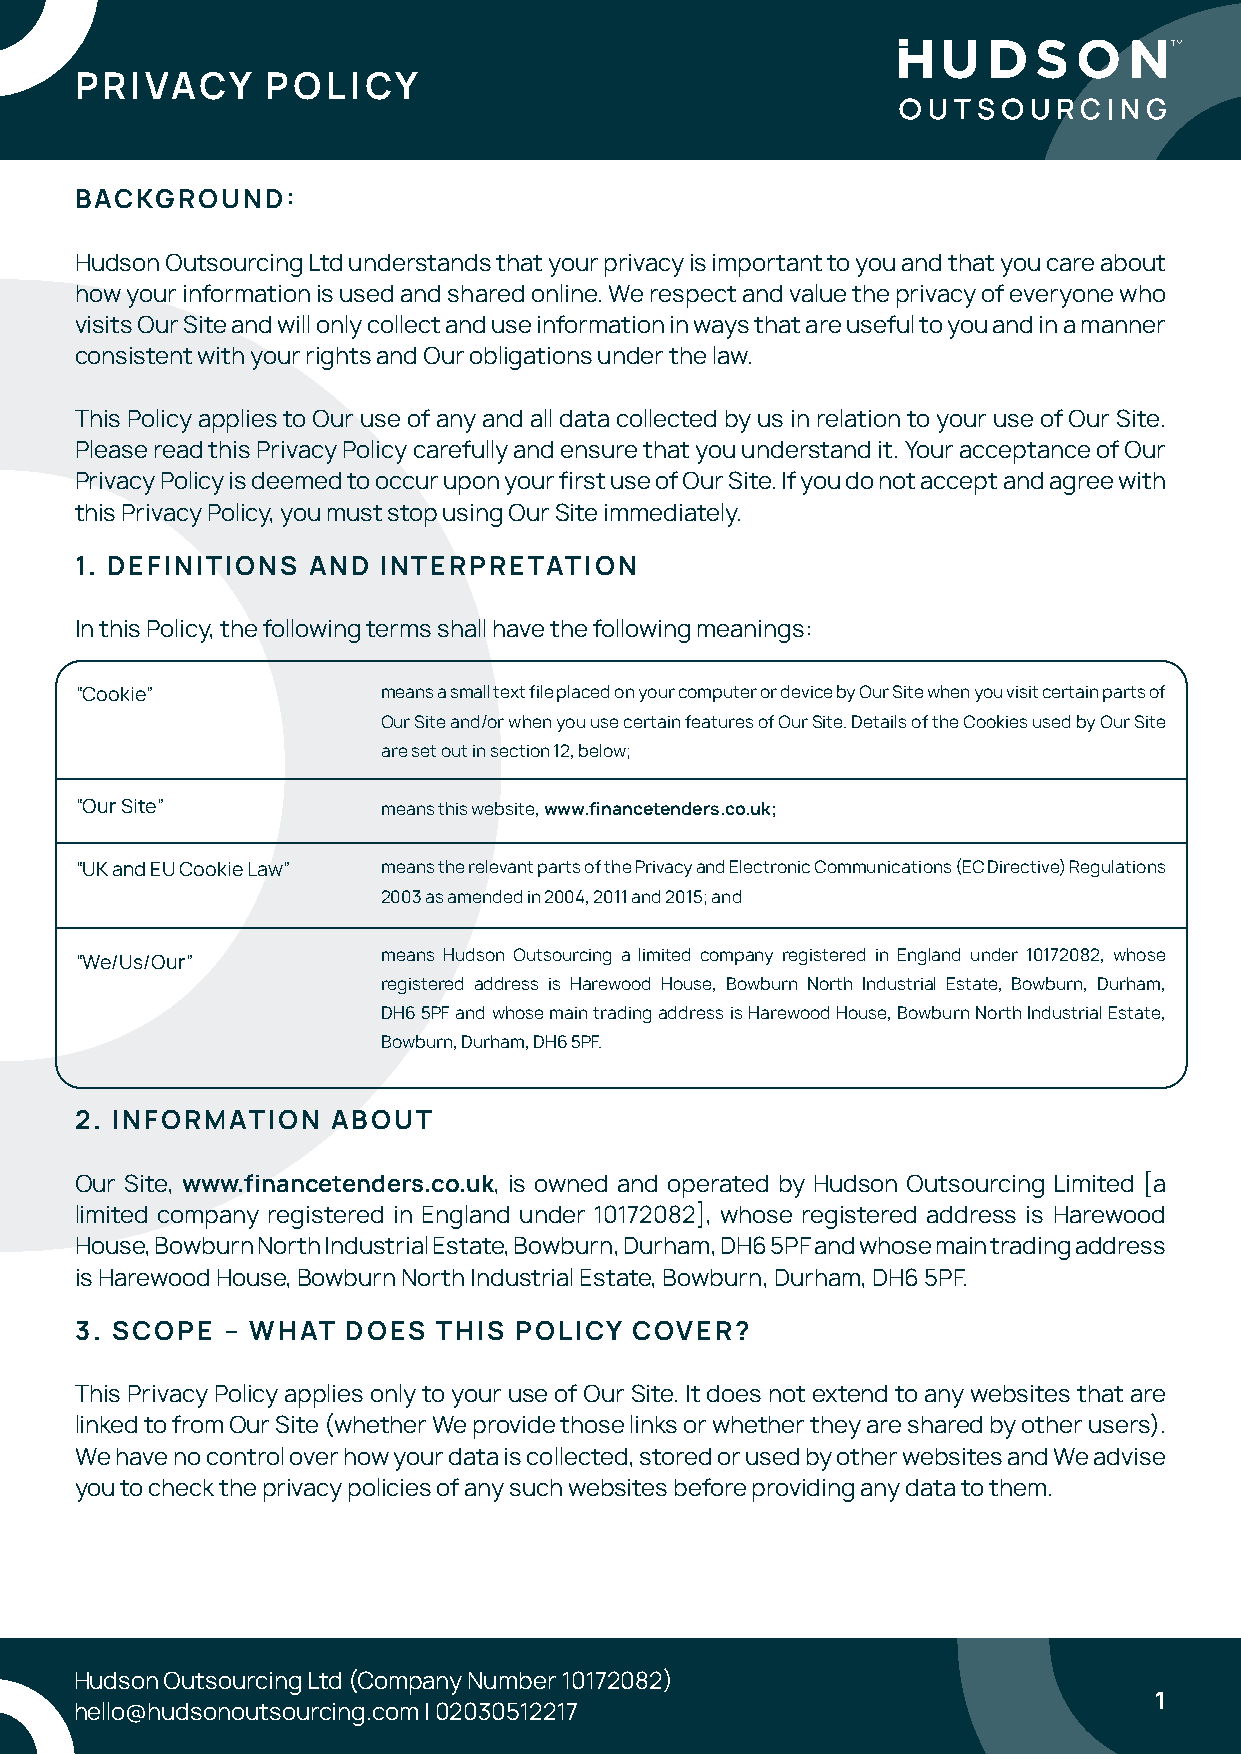
PRIVACY      POLICY
 BACKGROUND:
 Hudson Outsourcing Ltd understands that your privacy is important to you and that you care about
 how your information is used and shared online. We respect and value the privacy of everyone who
 visits Our Site and will only collect and use information in ways that are useful to you and in a manner
 consistent with your rights and Our obligations under the law.
 This Policy applies to Our use of any and all data collected by us in relation to your use of Our Site.
 Please read this Privacy Policy carefully and ensure that you understand it. Your acceptance of Our
 Privacy Policy is deemed to occur upon your first use of Our Site. If you do not accept and agree with
 this Privacy Policy, you must stop using Our Site immediately.
 1. DEFINITIONS AND  INTERPRETATION
 In this Policy, the following terms shall have the following meanings:
 “Cookie”            means a small text file placed on your computer or device by Our Site when you visit certain parts of
 Our Site and/or when you use certain features of Our Site. Details of the Cookies used by Our Site
 are set out in section 12, below;
 “Our Site”          means this website, www.financetenders.co.uk;
 “UK and EU Cookie Law” means the relevant parts of the Privacy and Electronic Communications (EC Directive) Regulations
 2003 as amended in 2004, 2011 and 2015; and
 means Hudson Outsourcing a limited company registered in England under 10172082, whose
 “We/Us/Our”
 registered address is Harewood House, Bowburn North Industrial Estate, Bowburn, Durham,
 DH6 5PF and whose main trading address is Harewood House, Bowburn North Industrial Estate,
 Bowburn, Durham, DH6 5PF.
 2. INFORMATION   ABOUT
 Our Site, www.financetenders.co.uk, is owned and operated by Hudson Outsourcing Limited [a
 limited company registered in England under 10172082], whose registered address is Harewood
 House, Bowburn North Industrial Estate, Bowburn, Durham, DH6 5PF and whose main trading address
 is Harewood House, Bowburn North Industrial Estate, Bowburn, Durham, DH6 5PF.
 3. SCOPE  – WHAT  DOES  THIS POLICY  COVER?
 This Privacy Policy applies only to your use of Our Site. It does not extend to any websites that are
 linked to from Our Site (whether We provide those links or whether they are shared by other users).
 We have no control over how your data is collected, stored or used by other websites and We advise
 you to check the privacy policies of any such websites before providing any data to them.
 Hudson Outsourcing Ltd (Company Number 10172082)
 Hudson Outsourcing Ltd (Company Number 10172082)
 1
 hello@hudsonoutsourcing.com | 02030512217                              1
 hello@hudsonoutsourcing.com | 02030512217